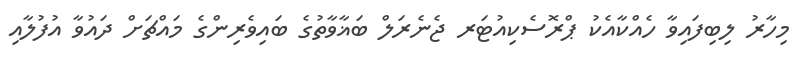
މިހާރު ލިބިފައިވާ ހެއްކާއެކު ޕްރޮސެކިއުޓަރ ޖެނެރަލް ބަޣާވާތުގެ ބައިވެރިންގެ މައްޗަށް ދައުވާ އުފުލާއި